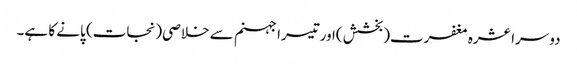
دوسرا عشرہ مغفرت( بخشش )اورتیسرا جہنم سے خلاصی(نجات) پانے کا ہے۔